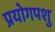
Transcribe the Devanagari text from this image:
प्रयोगपशु